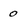
Character: o